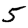
Digit: 5